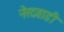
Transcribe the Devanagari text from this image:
नेरदवाडी